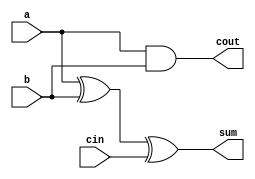
module full_adder1(a,b,cin,sum,cout);
input a,b,cin;
output sum,cout;
assign sum = a^b^cin;
assign cout = a&b|1'b0&(a&b); 
// initial begin
//     $display("The incorrect adder with and1 having in1/0");
// end   
endmodule